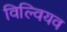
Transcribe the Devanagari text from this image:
विल्वियव